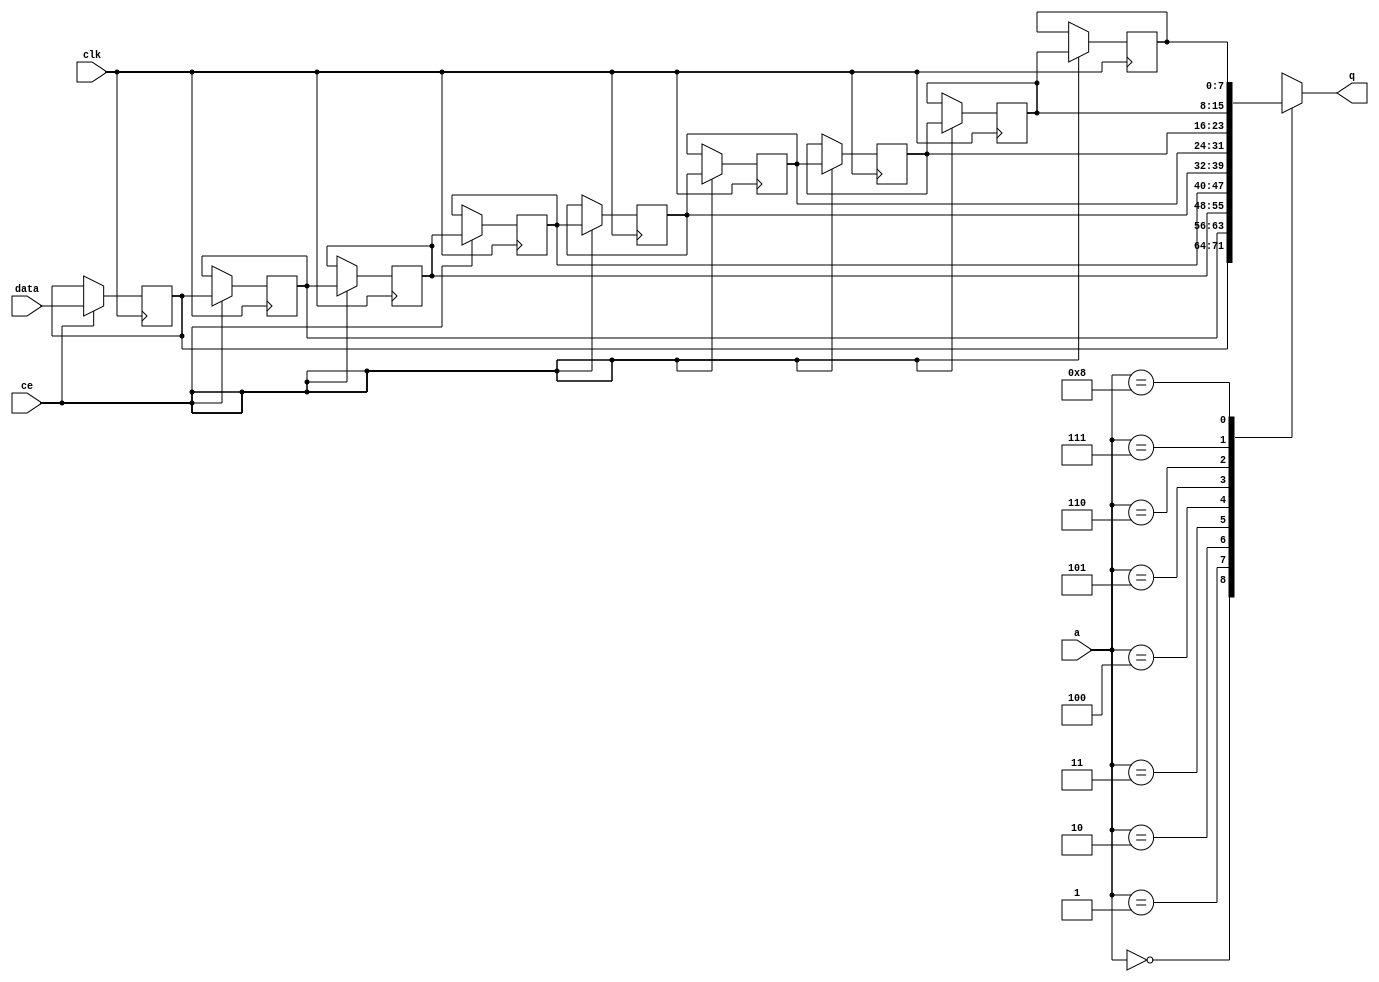
// ==============================================================
// File generated by Vivado(TM) HLS - High-Level Synthesis from C, C++ and SystemC
// Version: 2015.1
// Copyright (C) 2015 Xilinx Inc. All rights reserved.
// 
// ==============================================================


`timescale 1 ns / 1 ps

module FIFO_udp_strip2rxChecksum_V_keep_V_shiftReg (
    clk,
    data,
    ce,
    a,
    q);

parameter DATA_WIDTH = 32'd8;
parameter ADDR_WIDTH = 32'd4;
parameter DEPTH = 32'd9;

input clk;
input [DATA_WIDTH-1:0] data;
input ce;
input [ADDR_WIDTH-1:0] a;
output [DATA_WIDTH-1:0] q;

reg[DATA_WIDTH-1:0] SRL_SIG [0:DEPTH-1];
integer i;

always @ (posedge clk)
    begin
        if (ce)
        begin
            for (i=0;i<DEPTH-1;i=i+1)
                SRL_SIG[i+1] <= SRL_SIG[i];
            SRL_SIG[0] <= data;
        end
    end

assign q = SRL_SIG[a];

endmodule

module FIFO_udp_strip2rxChecksum_V_keep_V (
    clk,
    reset,
    if_empty_n,
    if_read_ce,
    if_read,
    if_dout,
    if_full_n,
    if_write_ce,
    if_write,
    if_din);

parameter MEM_STYLE = "shiftreg";
parameter DATA_WIDTH = 32'd8;
parameter ADDR_WIDTH = 32'd4;
parameter DEPTH = 32'd9;

input clk;
input reset;
output if_empty_n;
input if_read_ce;
input if_read;
output[DATA_WIDTH - 1:0] if_dout;
output if_full_n;
input if_write_ce;
input if_write;
input[DATA_WIDTH - 1:0] if_din;

wire[ADDR_WIDTH - 1:0] shiftReg_addr ;
wire[DATA_WIDTH - 1:0] shiftReg_data, shiftReg_q;
reg[ADDR_WIDTH:0] mOutPtr = {(ADDR_WIDTH+1){1'b1}};
reg internal_empty_n = 0, internal_full_n = 1;

assign if_empty_n = internal_empty_n;
assign if_full_n = internal_full_n;
assign shiftReg_data = if_din;
assign if_dout = shiftReg_q;

always @ (posedge clk) begin
    if (reset == 1'b1)
    begin
        mOutPtr <= ~{ADDR_WIDTH+1{1'b0}};
        internal_empty_n <= 1'b0;
        internal_full_n <= 1'b1;
    end
    else begin
        if (((if_read & if_read_ce) == 1 & internal_empty_n == 1) && 
            ((if_write & if_write_ce) == 0 | internal_full_n == 0))
        begin
            mOutPtr <= mOutPtr -1;
            if (mOutPtr == 0)
                internal_empty_n <= 1'b0;
            internal_full_n <= 1'b1;
        end 
        else if (((if_read & if_read_ce) == 0 | internal_empty_n == 0) && 
            ((if_write & if_write_ce) == 1 & internal_full_n == 1))
        begin
            mOutPtr <= mOutPtr +1;
            internal_empty_n <= 1'b1;
            if (mOutPtr == DEPTH-2)
                internal_full_n <= 1'b0;
        end 
    end
end

assign shiftReg_addr = mOutPtr[ADDR_WIDTH] == 1'b0 ? mOutPtr[ADDR_WIDTH-1:0]:{ADDR_WIDTH{1'b0}};
assign shiftReg_ce = (if_write & if_write_ce) & internal_full_n;

FIFO_udp_strip2rxChecksum_V_keep_V_shiftReg 
#(
    .DATA_WIDTH(DATA_WIDTH),
    .ADDR_WIDTH(ADDR_WIDTH),
    .DEPTH(DEPTH))
U_FIFO_udp_strip2rxChecksum_V_keep_V_ram (
    .clk(clk),
    .data(shiftReg_data),
    .ce(shiftReg_ce),
    .a(shiftReg_addr),
    .q(shiftReg_q));

endmodule